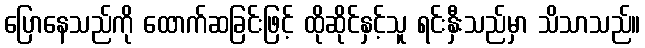
ပြောနေသည်ကို ထောက်ဆခြင်းဖြင့် ထိုဆိုင်နှင့်သူ ရင်းနှီးသည်မှာ သိသာသည်။